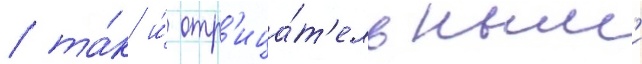
/ та́к и́ отр'ица́т'ельным'и